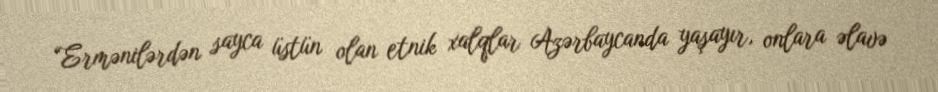
“Ermənilərdən sayca üstün olan etnik xalqlar Azərbaycanda yaşayır, onlara əlavə